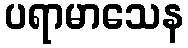
ပရာမာသေန